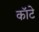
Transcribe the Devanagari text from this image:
कॉटे